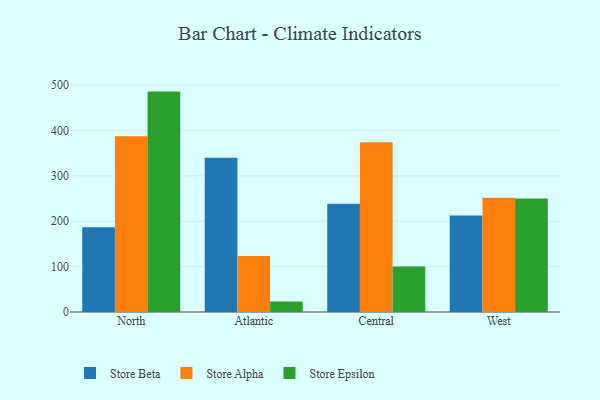
{"axis": {"x": "Region", "y": "Tickets Resolved"}, "legend": ["Store Alpha", "Store Beta", "Store Epsilon"], "data": [{"x": "North", "y": 186.7, "type": "Store Beta"}, {"x": "North", "y": 387.5, "type": "Store Alpha"}, {"x": "North", "y": 485.9, "type": "Store Epsilon"}, {"x": "Atlantic", "y": 339.8, "type": "Store Beta"}, {"x": "Atlantic", "y": 123.6, "type": "Store Alpha"}, {"x": "Atlantic", "y": 23.3, "type": "Store Epsilon"}, {"x": "Central", "y": 238.4, "type": "Store Beta"}, {"x": "Central", "y": 374.5, "type": "Store Alpha"}, {"x": "Central", "y": 100.1, "type": "Store Epsilon"}, {"x": "West", "y": 212.8, "type": "Store Beta"}, {"x": "West", "y": 252.0, "type": "Store Alpha"}, {"x": "West", "y": 250.1, "type": "Store Epsilon"}]}